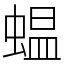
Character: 蝹